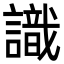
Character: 識